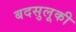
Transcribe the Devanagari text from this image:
बदसुलूकी